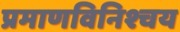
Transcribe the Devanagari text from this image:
प्रमाणविनिश्चय